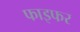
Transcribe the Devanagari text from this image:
फाइफर